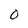
Character: 0